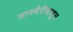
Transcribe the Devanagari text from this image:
सायबेरीयातून